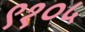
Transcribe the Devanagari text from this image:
९१०५